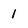
Character: 1